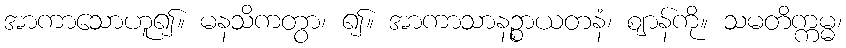
အာကာသောဟူ၍။ မနသိကတွာ၊ ၍။ အာကာသာနဉ္စာယတနံ၊ ဈာန်ကို။ သမတိက္ကမ္မ၊